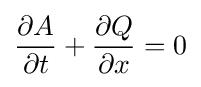
{\partial A \over {\partial t}}+{\partial Q \over {\partial x}}=0